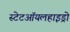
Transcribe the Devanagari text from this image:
स्टेटऑयलहाइड्रो